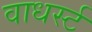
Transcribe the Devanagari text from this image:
वाधर्स्ट